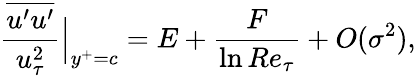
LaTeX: \frac{\overline{{u^{\prime}u^{\prime}}}}{u_{\tau}^{2}}\Big|_{y^{+}=c}=E+\frac{F}{\ln Re_{\tau}}+O(\sigma^{2}),